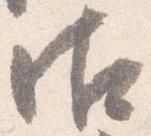
御